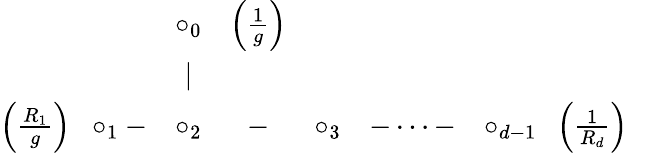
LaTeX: \begin{array}{ccccccc}{{}}&{{\circ_{0}}}&{{\left(\frac{1}{g}\right)}}&{{}}&{{}}&{{}}&{{}}\\ {{}}&{{\mid}}&{{}}&{{}}&{{}}&{{}}&{{}}\\ {{\left(\frac{R_{1}}{g}\right)\; \; \circ_{1}-}}&{{\circ_{2}}}&{{-}}&{{\circ_{3}}}&{{-\dots-}}&{{\circ_{d-1}\; \; \left(\frac{1}{R_{d}}\right)}}\end{array}